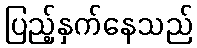
ပြည့်နှက်နေသည်